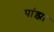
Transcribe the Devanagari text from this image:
पांझा